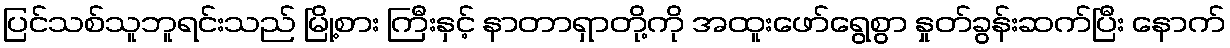
ပြင်သစ်သူဘူရင်းသည် မြို့စား ကြီးနှင့် နာတာရှာတို့ကို အထူးဖော်ရွေစွာ နှုတ်ခွန်းဆက်ပြီး နောက်